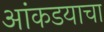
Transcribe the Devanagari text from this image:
आंकडयाचा